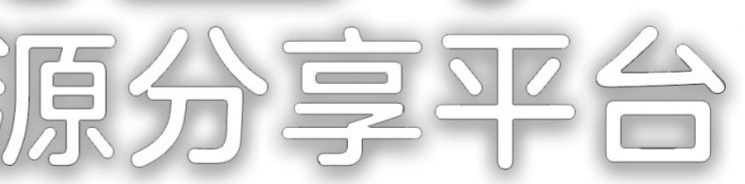
原分享平台